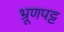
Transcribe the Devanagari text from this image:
भ्रूणपट्ट